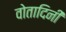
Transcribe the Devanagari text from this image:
वोतादिनी